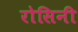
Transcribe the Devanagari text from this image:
रोसिनी